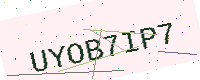
Text: UYOB7IP7